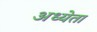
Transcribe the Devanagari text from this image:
अध्‍येता